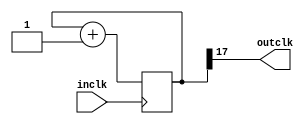
`timescale 1ns / 1ps
//////////////////////////////////////////////////////////////////////////////////
// Company: 
// Engineer: 
// 
// Design Name: 
// Module Name: disdiv
// Project Name: 
// Target Devices: 
// Tool Versions: 
// Description: 
// 
// Dependencies: 
// 
// Revision:
// Revision 0.01 - File Created
// Additional Comments:
// 
//////////////////////////////////////////////////////////////////////////////////


module disdiv(
    input inclk,
output outclk
    );
    
        reg [35:0]q;
    always@(posedge inclk)
         q<=q+1;
    assign outclk=q[17];//around 3kHz
    
endmodule